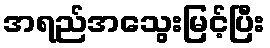
အရည်အသွေးမြင့်ပြီး